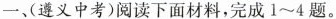
一(遵义中考)阅读下面材料，完成1~4题。